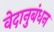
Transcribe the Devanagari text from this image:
वेदानुबंधन